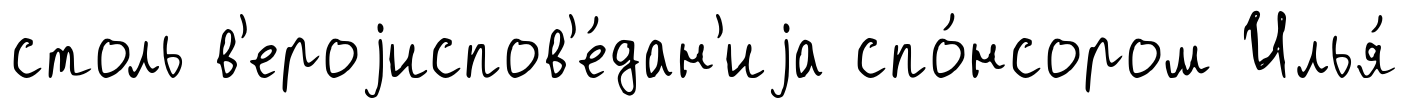
столь в'ероjиспов'е́дан'иjа спо́нсором Илья́